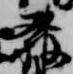
発